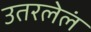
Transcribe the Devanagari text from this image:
उतरलेलं